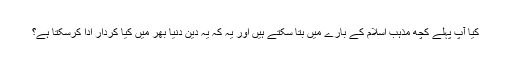
کیا آپ پہلے کچھ مذہب اسلام کے بارے میں بتا سکتے ہیں اور یہ کہ یہ دین دنیا بهر میں کیا کردار ادا کرسکتا ہے؟